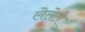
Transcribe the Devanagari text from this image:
लेलेले